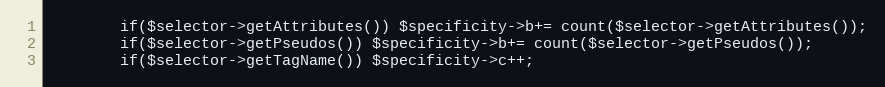
Language: PHP
		if($selector->getAttributes()) $specificity->b+= count($selector->getAttributes());
		if($selector->getPseudos()) $specificity->b+= count($selector->getPseudos());
		if($selector->getTagName()) $specificity->c++;